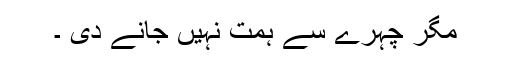
مگر چہرے سے ہمت نہیں جانے دی ۔